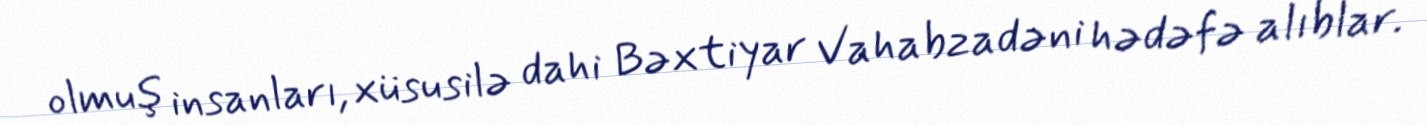
olmuş insanları, xüsusilə dahi Bəxtiyar Vahabzadəni hədəfə alıblar.